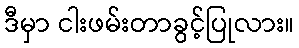
ဒီမှာ ငါးဖမ်းတာခွင့်ပြုလား။